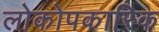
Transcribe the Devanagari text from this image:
लोकोपकारिक